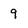
Character: 9